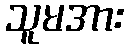
သူမအား